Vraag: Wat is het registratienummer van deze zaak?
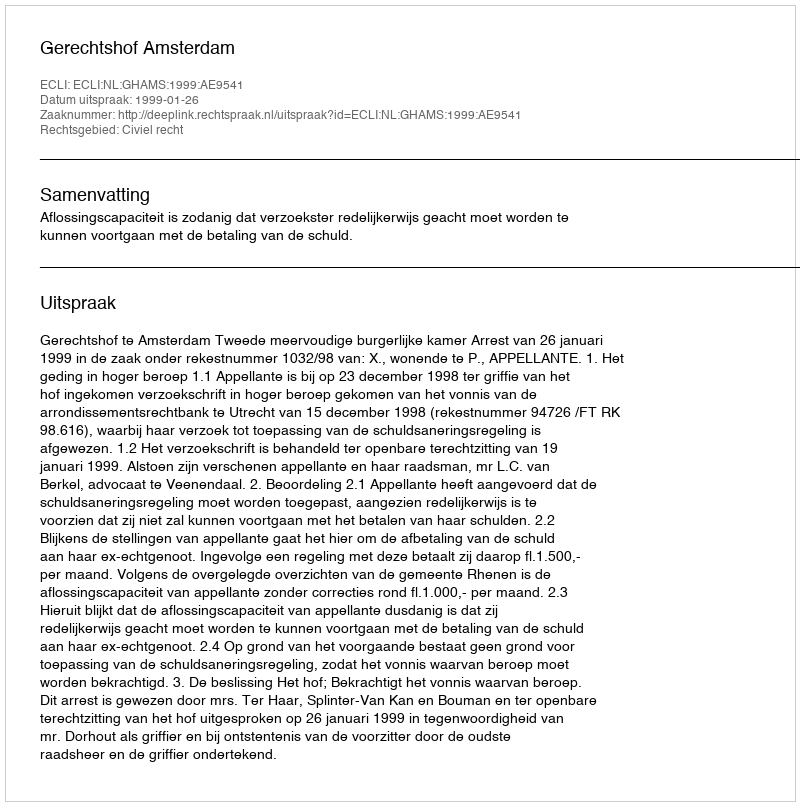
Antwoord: http://deeplink.rechtspraak.nl/uitspraak?id=ECLI:NL:GHAMS:1999:AE9541